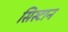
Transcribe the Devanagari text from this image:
सिस्टान